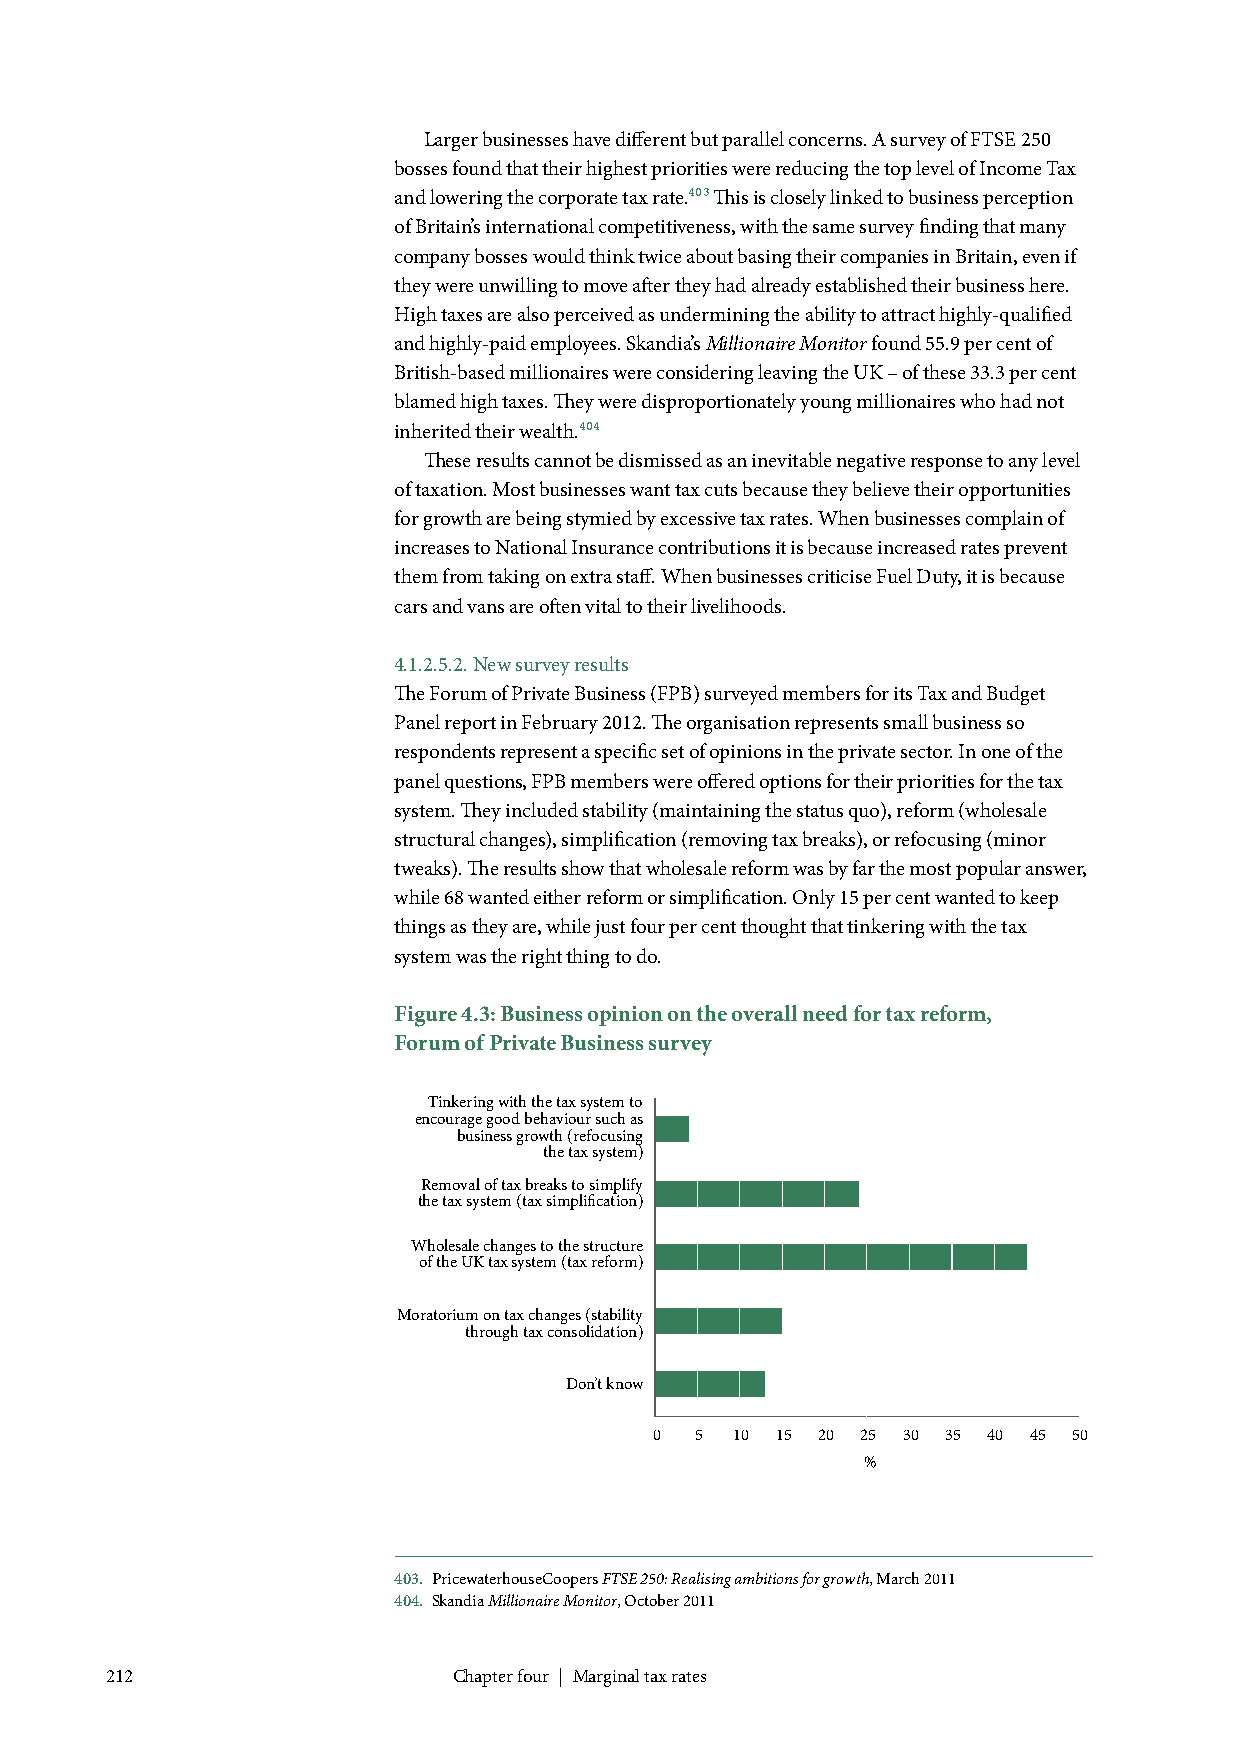
Larger businesses have different but parallel concerns. A survey of FTSE 250
 bosses found that their highest priorities were reducing the top level of Income Tax
 and lowering the corporate tax rate.403 This is closely linked to business perception
 of Britain’s international competitiveness, with the same survey finding that many
 company bosses would think twice about basing their companies in Britain, even if
 they were unwilling to move after they had already established their business here.
 High taxes are also perceived as undermining the ability to attract highly-qualified
 and highly-paid employees. Skandia’s Millionaire Monitor found 55.9 per cent of
 British-based millionaires were considering leaving the UK – of these 33.3 per cent
 blamed high taxes. They were disproportionately young millionaires who had not
 inherited their wealth.404
 These results cannot be dismissed as an inevitable negative response to any level
 of taxation. Most businesses want tax cuts because they believe their opportunities
 for growth are being stymied by excessive tax rates. When businesses complain of
 increases to National Insurance contributions it is because increased rates prevent
 them from taking on extra staff. When businesses criticise Fuel Duty, it is because
 cars and vans are often vital to their livelihoods.
 4.1.2.5.2. New survey results
 The Forum of Private Business (FPB) surveyed members for its Tax and Budget
 Panel report in February 2012. The organisation represents small business so
 respondents represent a specific set of opinions in the private sector. In one of the
 panel questions, FPB members were offered options for their priorities for the tax
 system. They included stability (maintaining the status quo), reform (wholesale
 structural changes), simplification (removing tax breaks), or refocusing (minor
 tweaks). The results show that wholesale reform was by far the most popular answer,
 while 68 wanted either reform or simplification. Only 15 per cent wanted to keep
 things as they are, while just four per cent thought that tinkering with the tax
 system was the right thing to do.
 Figure 4.3: Business opinion on the overall need for tax reform,
 Forum of Private Business survey
 Tinkering with the tax system to
 encourage good behaviour such as
 business growth (refocusing
 the tax system)
 Removal of tax breaks to simplify
 the tax system (tax simplification)
 Wholesale changes to the structure
 of the UK tax system (tax reform)
 Moratorium on tax changes (stability
 through tax consolidation)
 Don’t know
 0  5  10 15 20 25 30 35 40 45 50
 %
 403. PricewaterhouseCoopers FTSE 250: Realising ambitions for growth, March 2011
 404. Skandia Millionaire Monitor, October 2011
 212                    Chapter four | Marginal tax rates